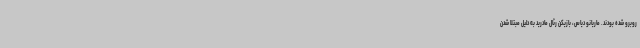
روبرو شده بودند. ماریانو دیاس، بازیکن رئال مادرید به دلیل مبتلا شدن